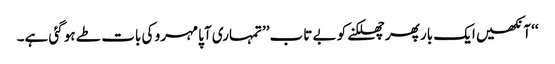
‘‘ آنکھیں ایک بار پھر چھلکنے کو بے تاب ’’تمہاری آپا مہرو کی بات طے ہو گئی ہے۔